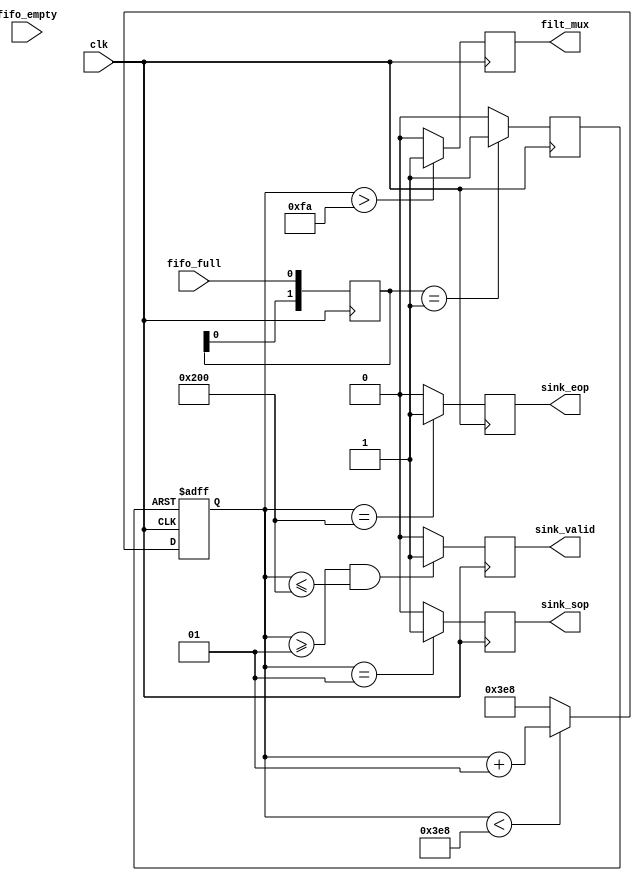
module FFT_start
(
	input clk,
	input fifo_full,
	input fifo_empty,
	
	output reg sink_valid,
	output reg sink_sop,
	output reg sink_eop,
	output reg filt_mux
);

localparam cnt_end = 1000;
integer cnt=cnt_end;

reg[1:0] full_edge; 
reg start;

always@(posedge clk) begin
	full_edge<={full_edge[0], fifo_full};
end

always@(posedge clk)begin
	if (full_edge==2'b01)
		start=1;
	else
		start=0;
end
 

always@(posedge clk or posedge start)begin
	if (start)
			cnt <= 0;
	else	
		if (cnt<cnt_end)
			cnt<=cnt+1;
		else	
			cnt<=cnt_end;
end

always@(posedge clk) begin
	if ((cnt>=1) && (cnt<=512))
		sink_valid<=1;
	else	
		sink_valid<=0;
end

always@(posedge clk) begin
	if (cnt==1)
		sink_sop<=1;
	else	
		sink_sop<=0;
end

always@(posedge clk) begin
	if (cnt==512)
		sink_eop<=1;
	else	
		sink_eop<=0;
end

always@(posedge clk) begin
	if (cnt>250)
		filt_mux<=1;
	else	
		filt_mux<=0;
end

endmodule